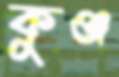
কুঞ্জ